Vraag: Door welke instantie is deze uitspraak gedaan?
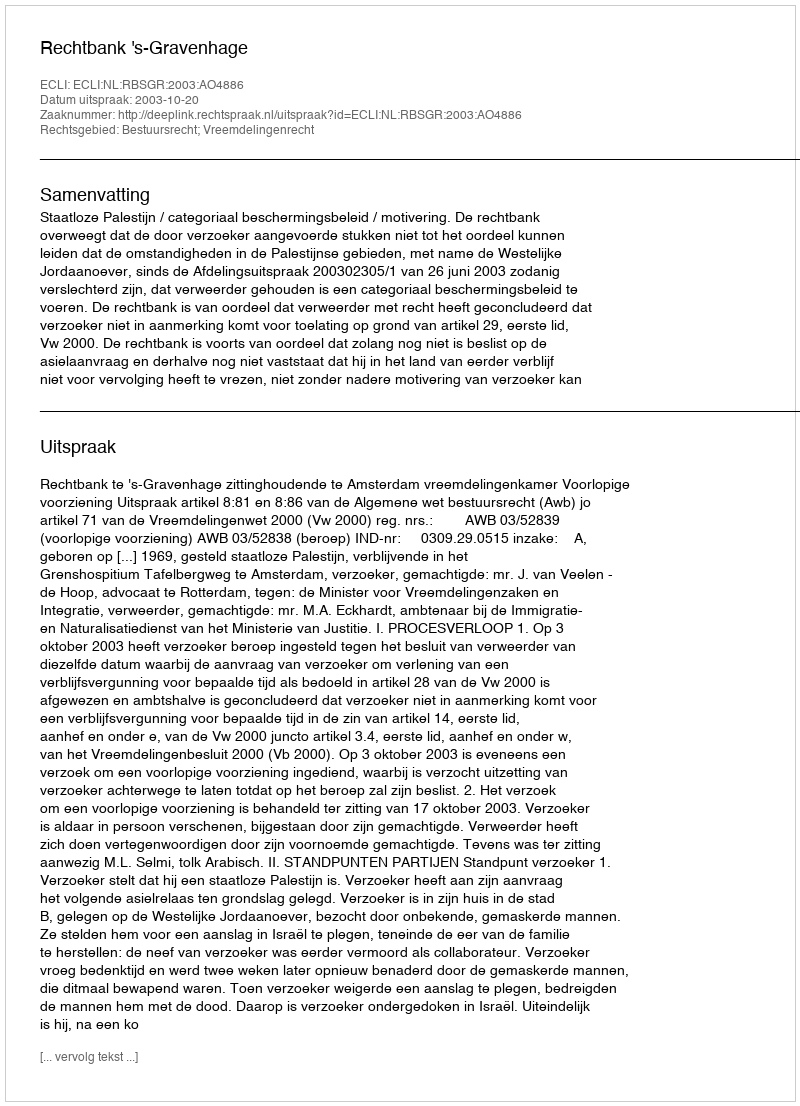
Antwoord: Rechtbank 's-Gravenhage